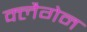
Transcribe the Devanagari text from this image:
क्लैगेन